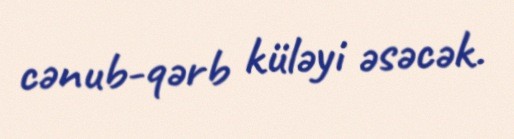
cənub-qərb küləyi əsəcək.